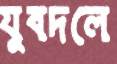
যুবদলে